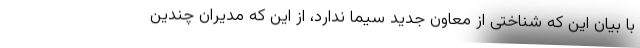
با بیان این که شناختی از معاون جدید سیما ندارد، از این که مدیران چندین